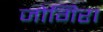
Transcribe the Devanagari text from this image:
जोगिरा